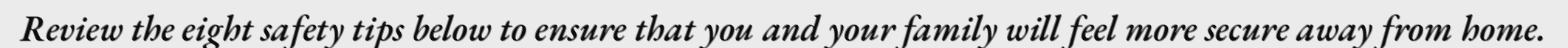
Review the eight safety tips below to ensure that you and your family will feel more secure away from home.